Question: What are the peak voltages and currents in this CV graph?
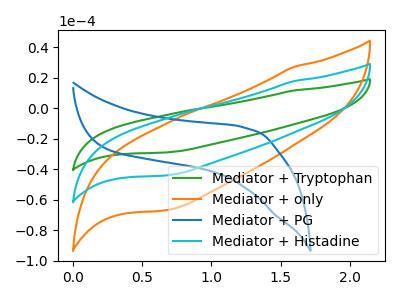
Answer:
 <answer>The green curve "Mediator + Tryptophan" has no peaks. The orange curve "Mediator + only" has no peaks. The blue curve "Mediator + PG" has no peaks. The cyan curve "Mediator + Histadine" has no peaks.</answer>
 <eval></eval>